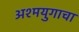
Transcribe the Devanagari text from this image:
अश्मयुगाचा